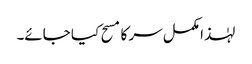
لہٰذا مکمل سر کا مسح کیا جائے۔